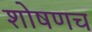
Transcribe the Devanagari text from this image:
शोषणच